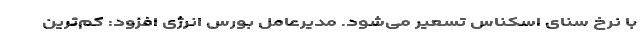
با نرخ سنای اسکناس تسعیر می‌شود. مدیرعامل بورس انرژی افزود: کم‌ترین